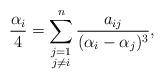
LaTeX: \begin{align*}\frac{\alpha_i}{4}=\sum_{ \substack{j=1\\ j\not=i}}^n\frac{a_{ij}}{(\alpha_i-\alpha_j)^3},\end{align*}